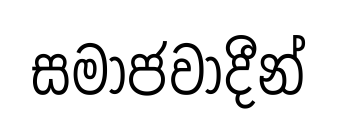
සමාජවාදීන්